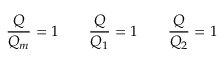
\frac { Q } { Q _ { m } } = 1 \qquad \frac { Q } { Q _ { 1 } } = 1 \qquad \frac { Q } { Q _ { 2 } } = 1